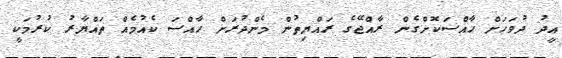
އީދު ދުވަހަށް ހާއްސަކޮށްގެން ރާއްޖޭގެ ރައްޔިތުން މެންދުރަށް ހާއްސަ ކެއުމެއް ތައްޔާރު ކުރުމަކީ